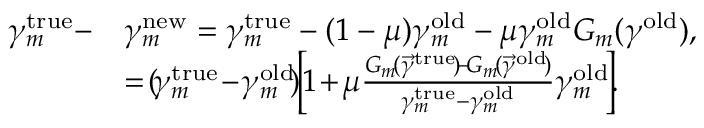
\begin{array} { r l } { \gamma _ { m } ^ { \mathrm { t r u e } } - } & { \gamma _ { m } ^ { \mathrm { n e w } } = \gamma _ { m } ^ { \mathrm { t r u e } } - ( 1 - \mu ) \gamma _ { m } ^ { \mathrm { o l d } } - \mu \gamma _ { m } ^ { \mathrm { o l d } } G _ { m } ( \boldsymbol { \gamma } ^ { \mathrm { o l d } } ) , } \\ & { = \! ( \! \gamma _ { m } ^ { \mathrm { t r u e } } \! - \! \gamma _ { m } ^ { \mathrm { o l d } } \! ) \! \! \left[ \! 1 \! + \! \mu \frac { G _ { m } \! ( \Vec { \gamma } ^ { \mathrm { t r u e } } \! ) \! - \! G _ { m } \! ( \Vec { \gamma } ^ { \mathrm { o l d } } \! ) } { \gamma _ { m } ^ { \mathrm { t r u e } } - \gamma _ { m } ^ { \mathrm { o l d } } } \gamma _ { m } ^ { \mathrm { o l d } } \! \right] \! \! . } \end{array}